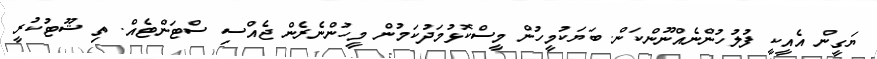
ޔަގީން އެއީކީ ފުލުހުންނެއްނޫންކަން. ބަޔަކުމީހުން މީސްކޮޅުމަދުކަމުން މީހުންނެރެން ޖެއްސި ސްޓަންޓެއް. ތި ޝޫޓުކުރީ